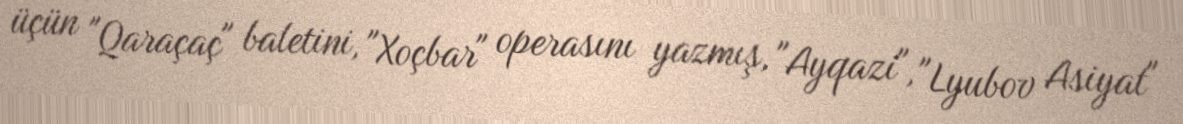
üçün "Qaraçaç" baletini, "Xoçbar" operasını yazmış, "Ayqazi", "Lyubov Asiyat"